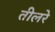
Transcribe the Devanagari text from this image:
तीलरे